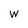
Character: w